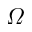
\varOmega